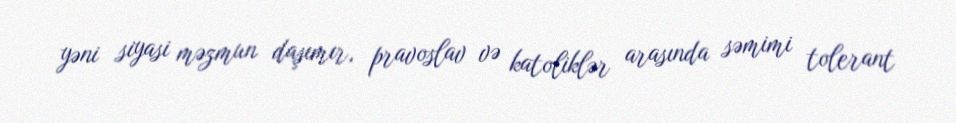
yəni siyasi məzmun daşımır, pravoslav və katoliklər arasında səmimi tolerant